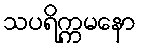
သပရိက္ကမနော